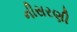
નીસરણી